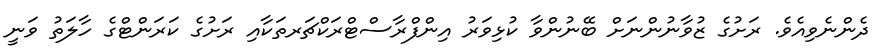
ދެންނެވިއެވެ. ރަށުގެ ޒުވާނުންނަށް ބޭނުންވާ ކުޅިވަރު އިންފްރާސްޓްރަކްޗަރތަކާއި ރަށުގެ ކަރަންޓްގެ ހާލަތު ވަނީ